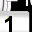
Digit: 1